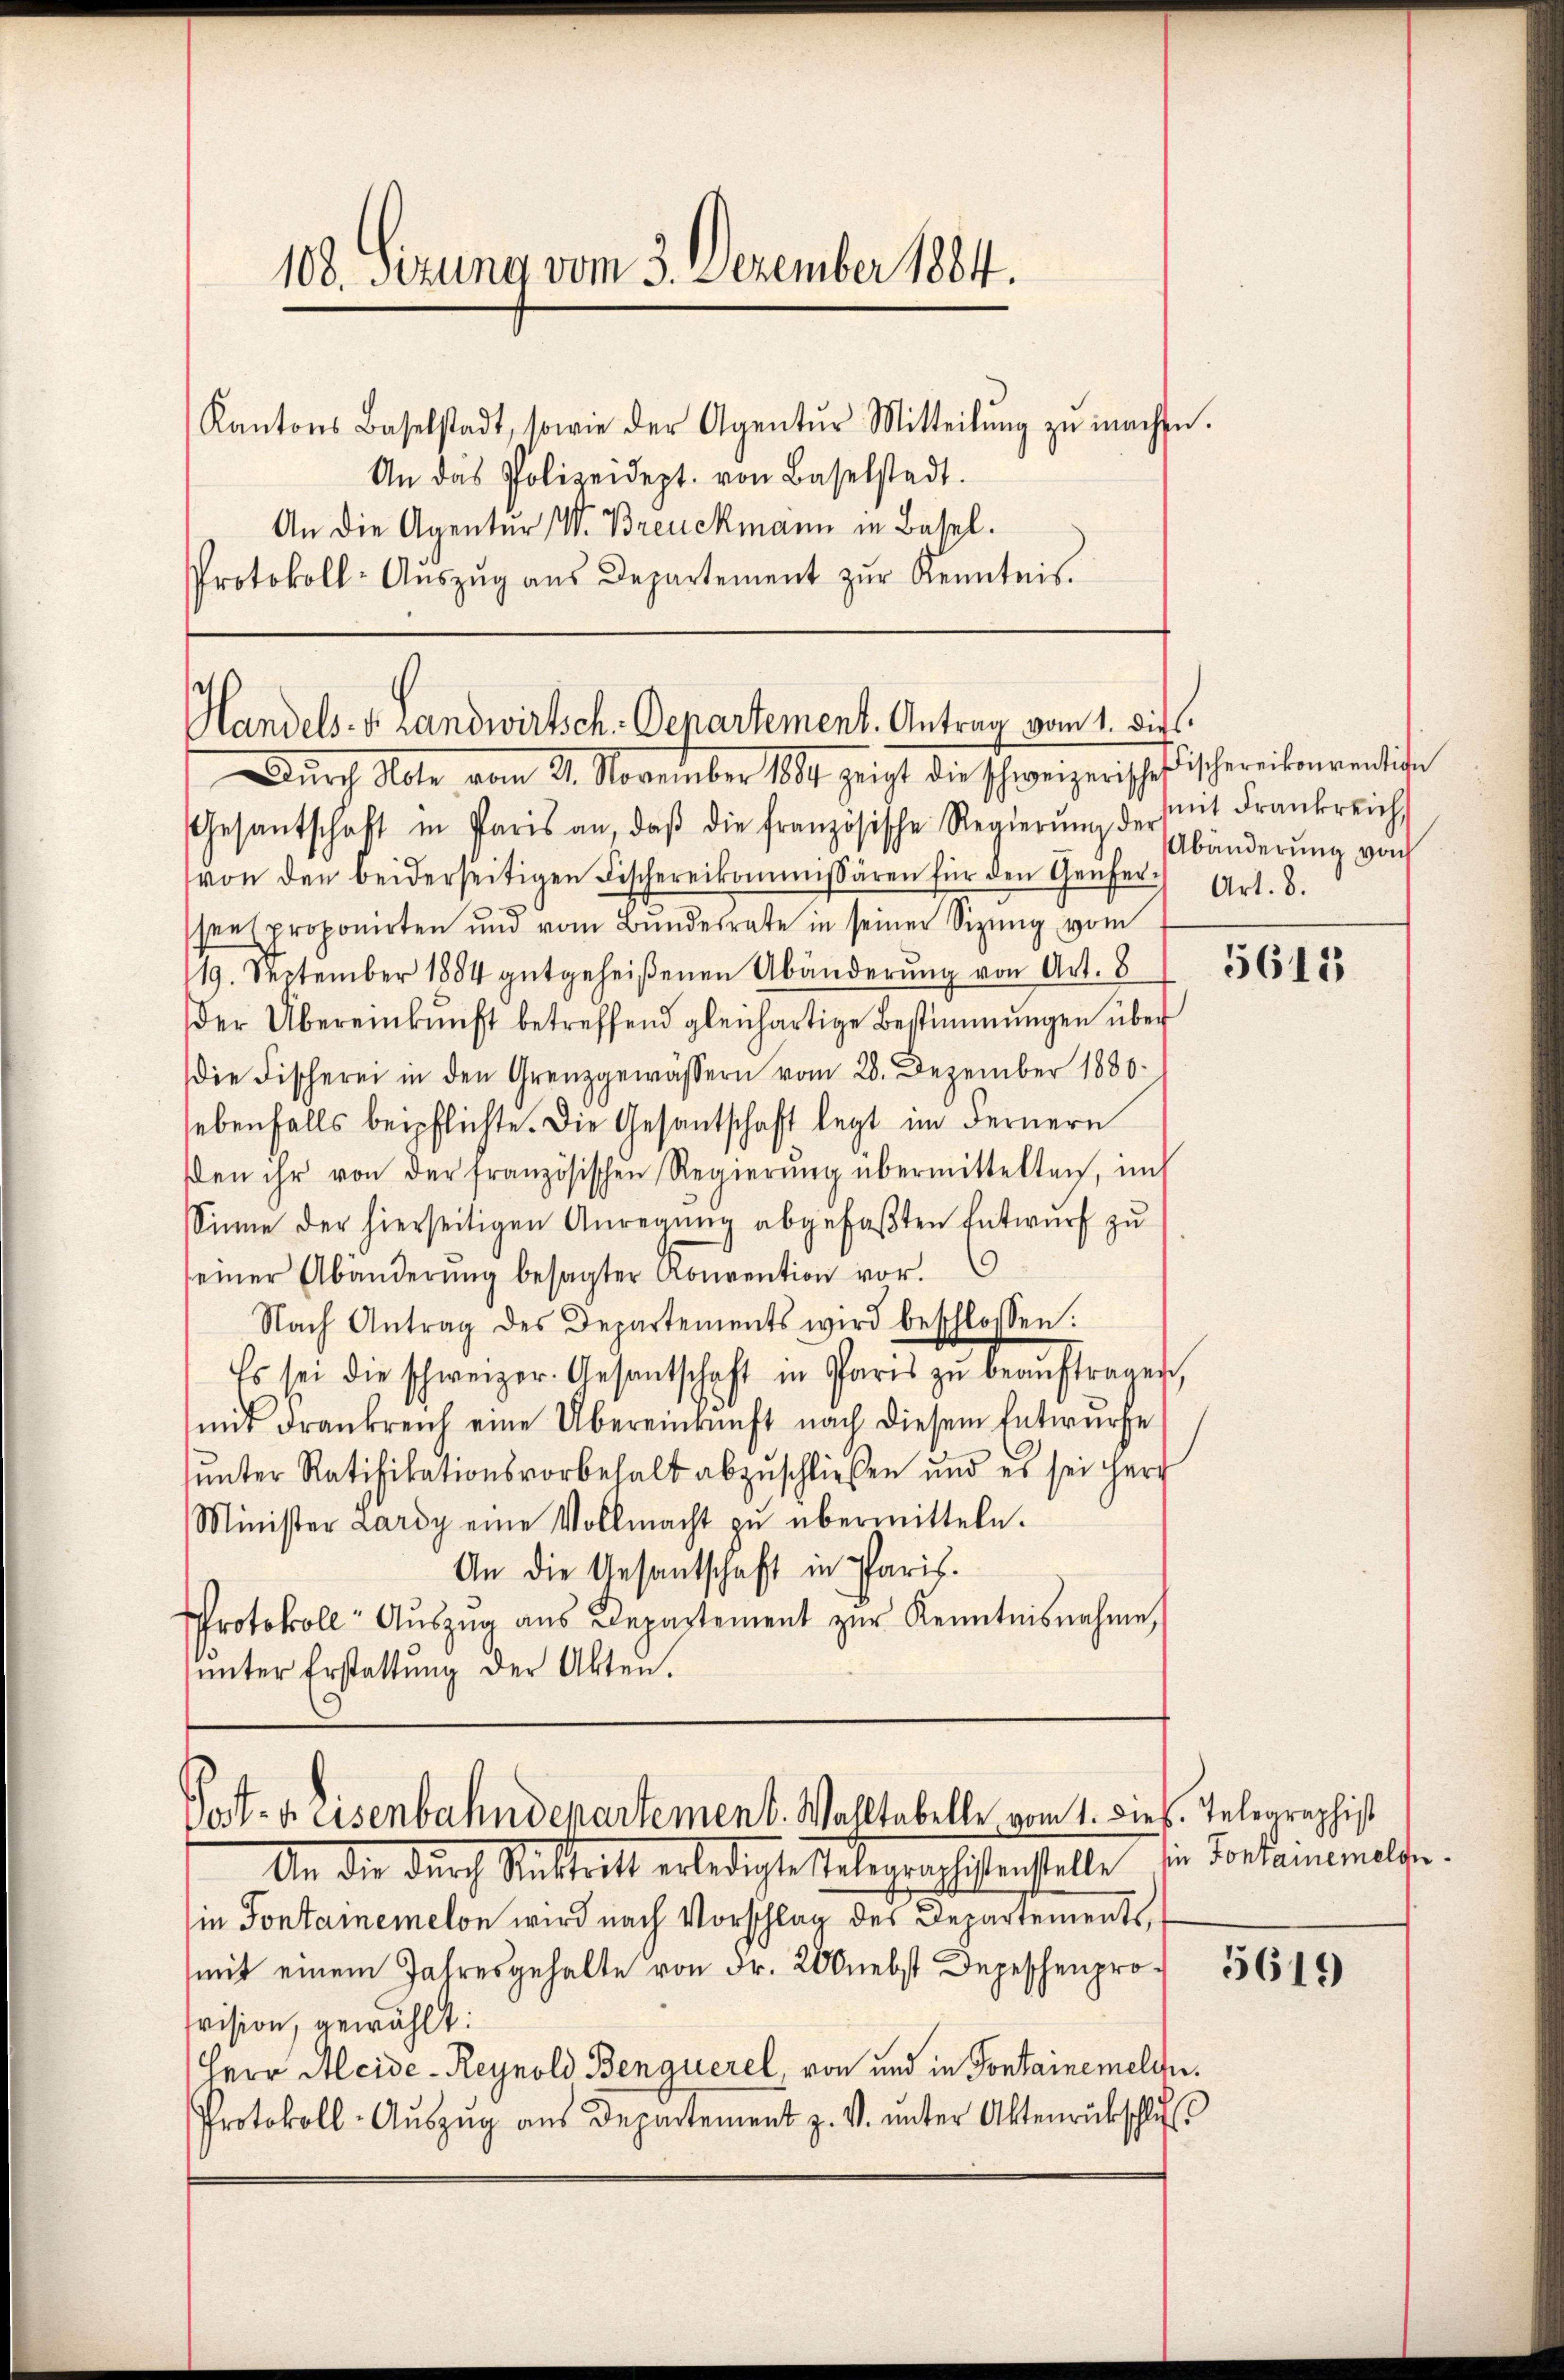
108. Sizung vom 3. Dezember 1884.

Kantons Baselstadt, sowie der Agentŭr Mitteilŭng zŭ machte.
An das Polizeidept. von Baselstadt.
An die Agentur W. Breuckmann in Basel.
Protokoll-Aŭszŭg aŭs Departement zŭr Kenntnis.

Handels. v. Landwirtsch. Denartement. Antrag vom 1. die

Post- u. Eisenbahndepartement. Wahltabelle vom 1. Dies. Telegraphist

Durch Alle vom 21. November 1889 zeigt die schweizerischefischereitenrenliche
Gesantschaft in Paris an, daβ die französische Regierŭng der mit Frankreich,
von den beiderseitigen Fischereikommissären für den Genfer-
sees proponirten und vom Bŭndesrate in seiner Sizŭng vom
19. September 1884 gutgeheißenen Abänderung von Art. 8
Der Übereinkunft betreffend gleichartige Bestimmungen über
die Fischerei in den Grenzgewässern vom 28. Dezember 1880
sebenfalls beipflichte. Die Gesantschaft legt im Fernern
den ihr von der französischen Regierŭng übermittelten, im
Sinne der hierseitigen Anregŭng abgefaßten Entwurf zu
seiner Abänderŭng besagter Konvention vor.
Nach Antrag des Departements wird beschlossen:
Es sei die schweizer. Gesandtschaft in Paris zŭ beaŭftragen,
mit drankreich eine Übereinkunft nach diesem Entwurfe
unter Ratifikationsvorbehalt abzuschließen und es sei herz
Minister Lardy eine Vollmacht zu übermitteln.
An die Gesantschaft in Paris.
Protokoll: Aŭszŭg aŭs Departement zŭr Kenntnisnahme
unter Erstattung der Akten.

bänderung von
Art. 8.

5615

An die durch Rücktritt erledigte Telegraphistenstelle in Vorsammeln.
in Fontamemelon wird nach Vorschlag des Departements,
.
svision, gewählt:
Herr Aleide-Reynold Benquerel, von und in Fontainemelder.
Protokoll-Aŭszŭg aŭs Departement z. V. ŭnter Aktenrückschlus